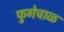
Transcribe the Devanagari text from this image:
फुगेचाळ